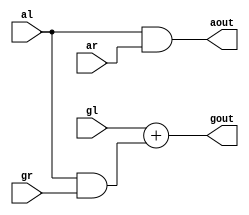
module cirmod(gl , al , gr , ar , gout , aout);
	input gr , ar , gl , al ;
	output gout , aout;

	assign gout = gl + (al & gr);
	assign aout = al & ar;

endmodule